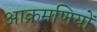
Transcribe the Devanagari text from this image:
आक्रमणियों